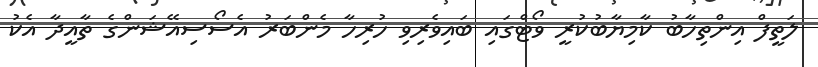
ލަތީފް އިންތިހާބު ކާމިޔާބުކުރީ ވޯޓްގައި ބައިވެރިވި ހުރިހާ މެންބަރު އެސޯސިއޭޝަންގެ ތާއީދާ އެކު